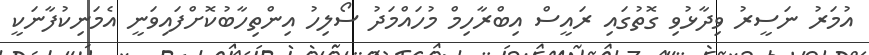
އުމަރު ނަސީރު ވިދާޅުވި ގޮތުގައި ރައީސް އިބްރާހިމް މުހައްމަދު ސޯލިހު އިންތިހާބުކޮށްފައިވަނީ އެމަނިކުފާނަކީ